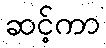
ဆင့်ကာ